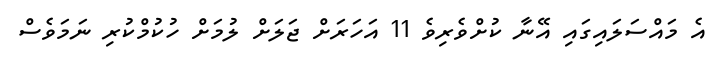
އެ މައްސަލައިގައި އޭނާ ކުށްވެރިވެ 11 އަހަރަށް ޖަލަށް ލުމަށް ހުކުމްކުރި ނަމަވެސް